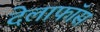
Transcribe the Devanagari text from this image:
देलाफॉस